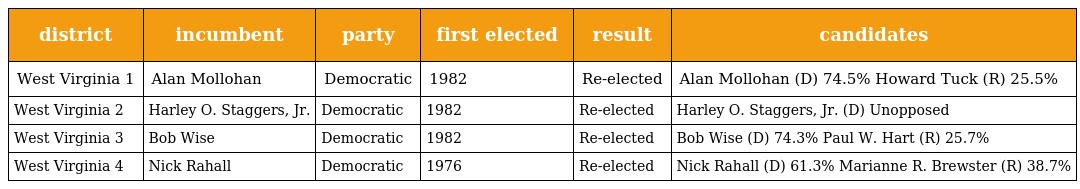
| district | incumbent | party | first elected | result | candidates |
 | --- | --- | --- | --- | --- | --- |
 | West Virginia 1 | Alan Mollohan | Democratic | 1982 | Re-elected | Alan Mollohan (D) 74.5% Howard Tuck (R) 25.5% |
 | West Virginia 2 | Harley O. Staggers, Jr. | Democratic | 1982 | Re-elected | Harley O. Staggers, Jr. (D) Unopposed |
 | West Virginia 3 | Bob Wise | Democratic | 1982 | Re-elected | Bob Wise (D) 74.3% Paul W. Hart (R) 25.7% |
 | West Virginia 4 | Nick Rahall | Democratic | 1976 | Re-elected | Nick Rahall (D) 61.3% Marianne R. Brewster (R) 38.7% |